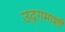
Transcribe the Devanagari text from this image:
उद्‌गमाशी